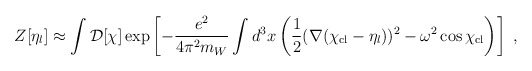
\begin{align*}Z[\eta_l] \approx \int{\cal D}[\chi]\exp\left[-{e^2\over4\pi^2m_W}\int d^3x\left({1\over2}(\nabla(\chi_{\rm cl}-\eta_l))^2- \omega^2\cos\chi_{\rm cl}\right)\right]\;,\end{align*}